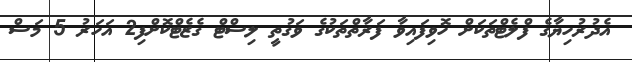
އެދުރުހިޔާގެ ފްލެޓްތަކަށް ހޮވިފައިވާ ފަރާތްތަކުގެ ވަގުތީ ލިސްޓް ގެޒެޓްކޮށްފި2 އަހަރު 5 މަސް